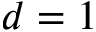
d = 1